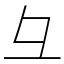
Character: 彑